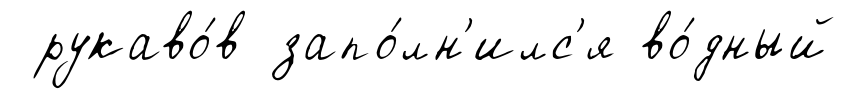
рукаво́в запо́лн'илс'я во́дный